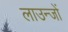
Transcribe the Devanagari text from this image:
लाउन्जों